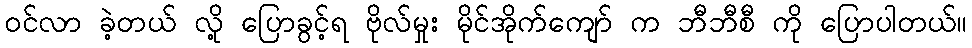
ဝင်လာ ခဲ့တယ် လို့ ပြောခွင့်ရ ဗိုလ်မှုး မိုင်အိုက်ကျော် က ဘီဘီစီ ကို ပြောပါတယ်။